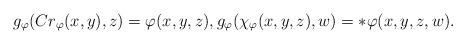
LaTeX: \begin{align*}g_\varphi(Cr_\varphi (x,y), z) = \varphi (x,y,z), g_\varphi(\chi_\varphi (x,y,z), w) = * \varphi (x,y,z,w).\end{align*}